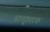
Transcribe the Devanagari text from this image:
भ्रातृ्कारक